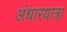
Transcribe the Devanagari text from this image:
अंधारयात्रा